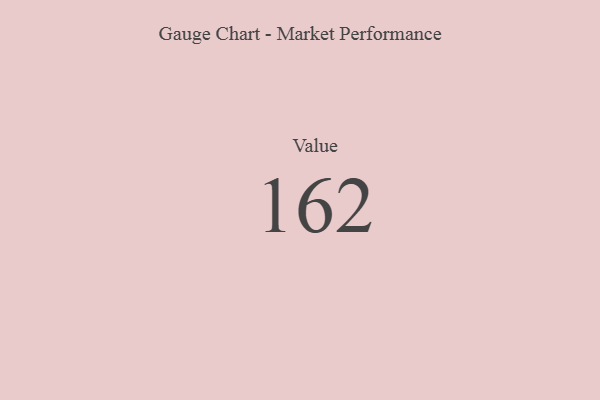
{"axis": {"x": "Metric", "y": "Value"}, "legend": [""], "data": [{"x": "Value", "y": 162, "type": ""}]}